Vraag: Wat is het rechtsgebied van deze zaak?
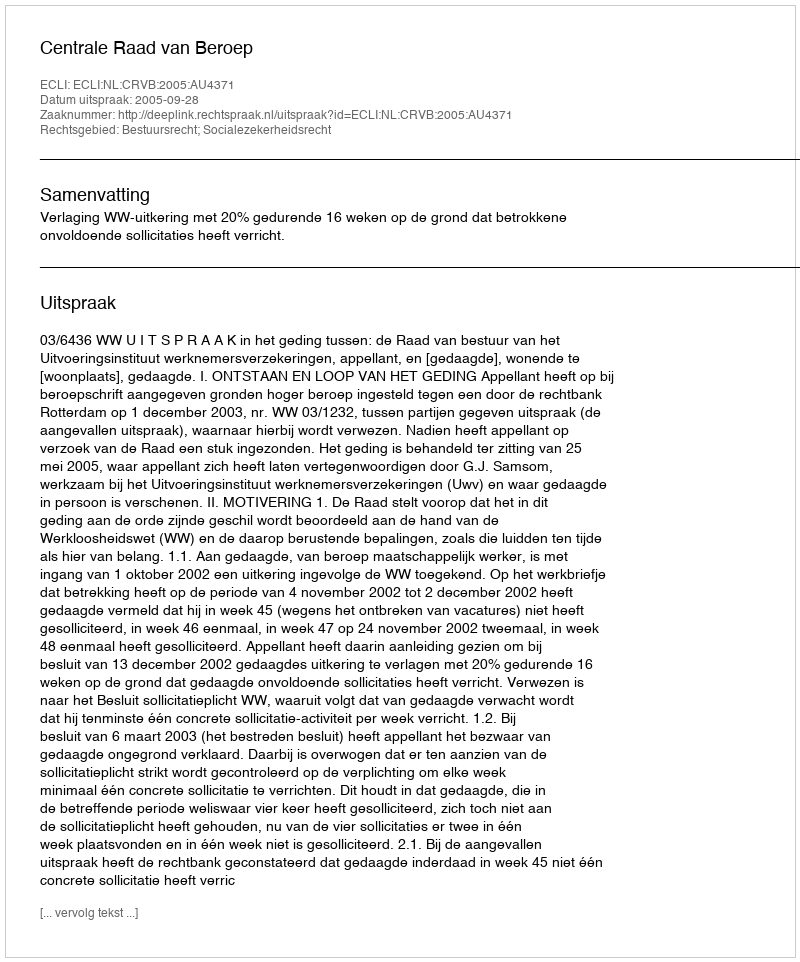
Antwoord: Bestuursrecht; Socialezekerheidsrecht